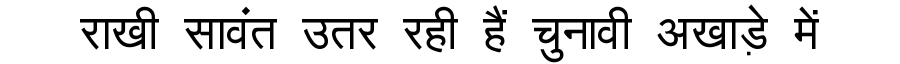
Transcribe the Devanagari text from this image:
राखी सावंत उतर रही हैं चुनावी अखाड़े में